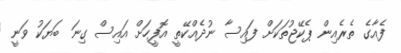
ފެއާގެ ތެރެއިން ޕެކޭޖުތަކަށް ފައިސާ ނުދެއްކޭތީ އޮފީހަށް އައިސް ގިނަ ބަޔަކު ވަނީ